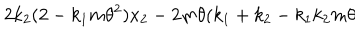
2 k _ { 2 } ( 2 - k _ { 1 } m \theta ^ { 2 } ) x _ { 2 } - 2 m \theta ( k _ { 1 } + k _ { 2 } - k _ { 1 } k _ { 2 } m \theta